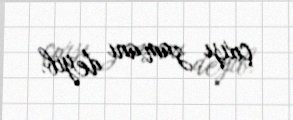
çıxışı zamanı deyib.